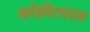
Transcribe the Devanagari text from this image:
काँक्रीटवरल